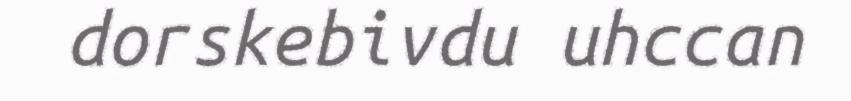
dorskebivdu uhccan